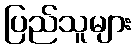
ပြည်သူများ